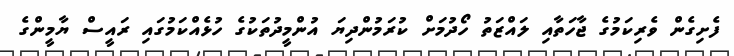
ފެށިގެން ވެރިކަމުގެ ޖާހަތާއި ލައްޒަތު ހޯދުމަށް ކުރަމުންދިޔަ އުންމީދުތަކުގެ ހުޅެއްކަމުގައި ރައީސް ޔާމީންގެ